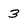
Character: 3